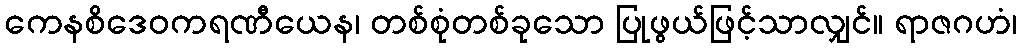
ကေနစိဒေဝကရဏီယေန၊ တစ်စုံတစ်ခုသော ပြုဖွယ်ဖြင့်သာလျှင်။ ရာဇဂဟံ၊